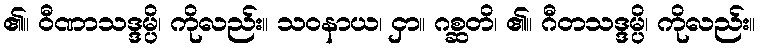
၏။ ဝီဏာသဒ္ဒမ္ပိ၊ ကိုလည်း။ သဝနာယ၊ ငှာ။ ဂစ္ဆတိ၊ ၏။ ဂီတသဒ္ဒမ္ပိ၊ ကိုလည်း။